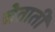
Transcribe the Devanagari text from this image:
चेताती